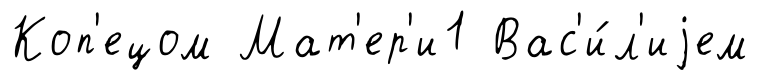
Коп'ецом Мат'ер'и1 Вас'и́л'иjем